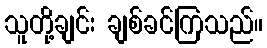
သူတို့ချင်း ချစ်ခင်ကြသည်။